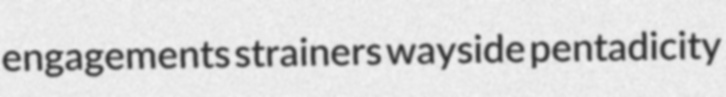
engagements strainers wayside pentadicity